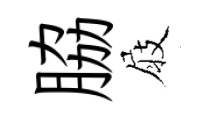
脇屐